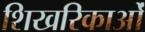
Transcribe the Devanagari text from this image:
शिखरिकाओं